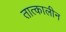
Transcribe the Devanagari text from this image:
तात्‍कालीन